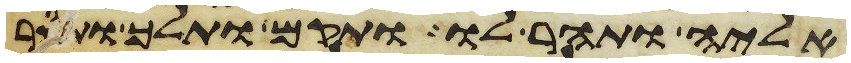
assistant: אליה ותהר לו ותקם ותלך ותסר